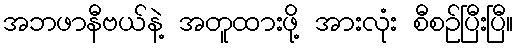
အဘဖာနီဗယ်နဲ့ အတူထားဖို့ အားလုံး စီစဉ်ပြီးပြီ။